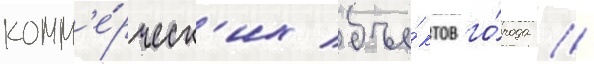
комм'е́рческ'их объе́ктов го́рода //